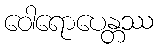
ဝေါရောပေန္တဿ